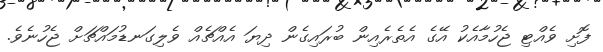
ފޮށި ވެއްޓި ޖެހުމާއެކު އޭގެ އެތެރެއިން ބުރައިގެން ދިޔަ އެއްޗެއް ވެލިގަނޑުމައްޗަށް ޖެހުނެވެ.